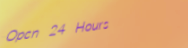
Open 24 Hours